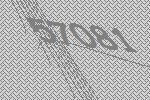
57081